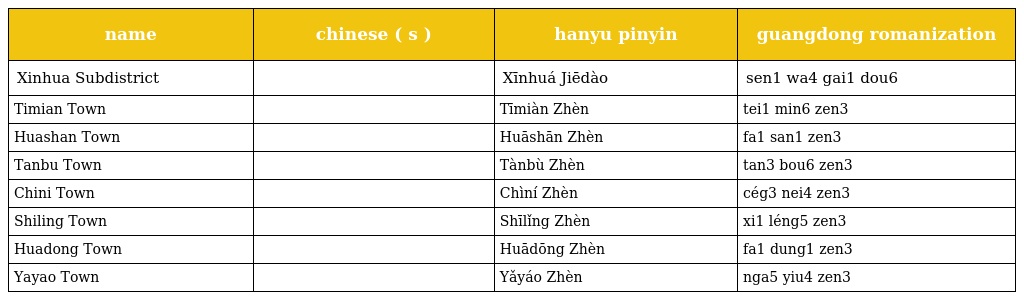
| name | chinese ( s ) | hanyu pinyin | guangdong romanization |
 | --- | --- | --- | --- |
 | Xinhua Subdistrict | 新华街道 | Xīnhuá Jiēdào | sen1 wa4 gai1 dou6 |
 | Timian Town | 梯面镇 | Tīmiàn Zhèn | tei1 min6 zen3 |
 | Huashan Town | 花山镇 | Huāshān Zhèn | fa1 san1 zen3 |
 | Tanbu Town | 炭步镇 | Tànbù Zhèn | tan3 bou6 zen3 |
 | Chini Town | 赤坭镇 | Chìní Zhèn | cég3 nei4 zen3 |
 | Shiling Town | 狮岭镇 | Shīlǐng Zhèn | xi1 léng5 zen3 |
 | Huadong Town | 花东镇 | Huādōng Zhèn | fa1 dung1 zen3 |
 | Yayao Town | 雅瑶镇 | Yǎyáo Zhèn | nga5 yiu4 zen3 |